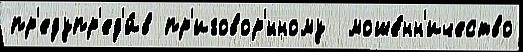
пр'едупр'ед'и́в пр'иговор'́нному  моше́нн'ичество